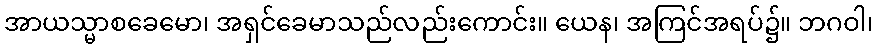
အာယသ္မာစခေမော၊ အရှင်ခေမာသည်လည်းကောင်း။ ယေန၊ အကြင်အရပ်၌။ ဘဂဝါ၊